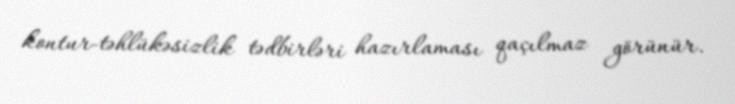
kontur-təhlükəsizlik tədbirləri hazırlaması qaçılmaz görünür.